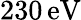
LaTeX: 230\, \mathrm{{eV}}